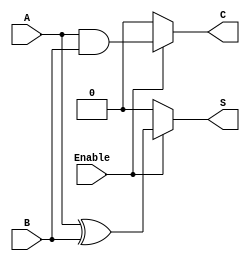
module conditional_half_adder (
    input wire A,         // First input bit
    input wire B,         // Second input bit
    input wire Enable,    // Control signal
    output wire S,        // Sum output
    output wire C         // Carry output
);

// Combinational logic for conditional half-adder
assign S = Enable ? (A ^ B) : 1'b0;  // Sum is A XOR B if Enable is high, else 0
assign C = Enable ? (A & B) : 1'b0;  // Carry is A AND B if Enable is high, else 0

endmodule